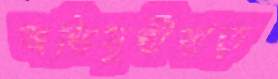
অভিমুখীযাত্